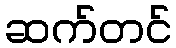
ဆက်တင်